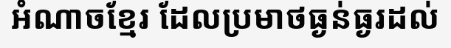
អំណាចខ្មែរ ដែលប្រមាថធ្ងន់ធ្ងរដល់